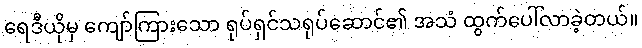
ရေဒီယိုမှ ကျော်ကြားသော ရုပ်ရှင်သရုပ်ဆောင်၏ အသံ ထွက်ပေါ်လာခဲ့တယ်။